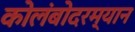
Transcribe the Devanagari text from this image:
कोलंबोदरम्यान